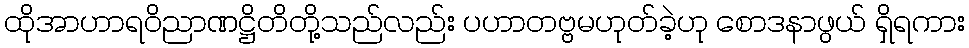
ထိုအာဟာရဝိညာဏဋ္ဌိတိတို့သည်လည်း ပဟာတဗ္ဗမဟုတ်ခဲ့ဟု စောဒနာဖွယ် ရှိရကား